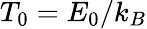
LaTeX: T_{0}=E_{0}/k_{B}